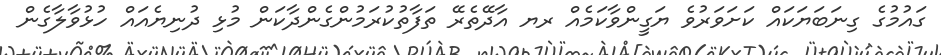
ގައުމުގެ ގިނަބަޔަކައް ކަށަވަރުވެ ޔަގީންވާކަމެއް ރޔ އާދޭތެރޭ ތަފާތުކުރަމުންގެންދާކަން މުޅި ދުނިޔެއައް ހުޅުވާލާގެން